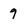
Character: 9